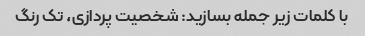
با کلمات زیر جمله بسازید: شخصیت پردازی، تک رنگ